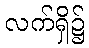
လက်ရှိ၌